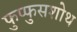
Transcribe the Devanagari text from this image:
फुप्फुसशोथ